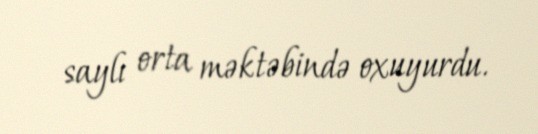
saylı orta məktəbində oxuyurdu.